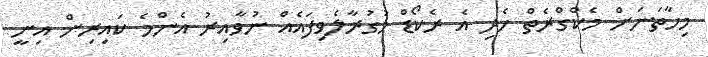
މިހާތަނަށް މެކްގްރެތް ހެދި އެ ރެކޯޑް މުގުރާލެވިފައެއް ނުވާއިރު އެންމެ ކައިރިން އިނީ